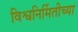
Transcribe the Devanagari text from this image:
विश्वनिर्मितीच्या